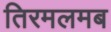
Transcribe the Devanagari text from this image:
तिरमलमब